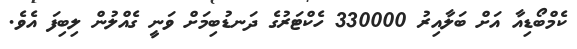
ކެމްބޯޑިއާ އަށް ބަލާއިރު 330000 ހެކްޓަރުގެ ދަނޑުބިމަށް ވަނީ ގެއްލުން ލިބިފަ އެވެ.